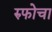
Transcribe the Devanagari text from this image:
रुफोचा